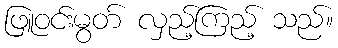
ဖြူဝင်းမွတ် လှည့်ကြည့် သည်။